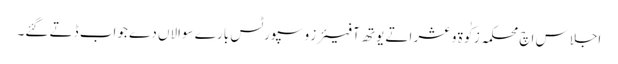
اجلاس اچ محکمہ زکٰوة و عشر اتے یوتھ آفیئرز و سپورٹس بارے سوالاں دے جواب ڈتے گئے۔